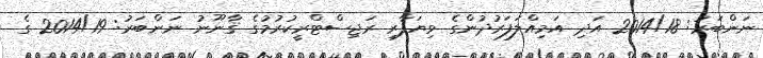
ނަންބަރު: 2014/18 އަދި އަމިއްލަފަރުދުންގެ ވިޔަފާރި ރަޖިސްޓްރީކުރުމުގެ ޤާނޫނު ނަންބަރު: 2014/19 ގެ